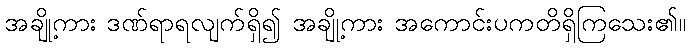
အချို့ကား ဒဏ်ရာရလျက်ရှိ၍ အချို့ကား အကောင်းပကတိရှိကြသေး၏။